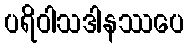
ပရိဝါသဒါနဿပေ